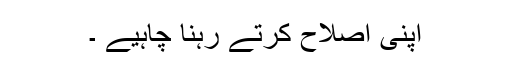
اپنی اصلاح کرتے رہنا چاہیے ۔